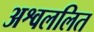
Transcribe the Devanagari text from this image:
अश्वललित